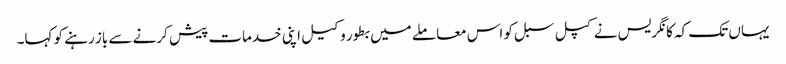
یہاں تک کہ کانگریس نے کپل سبل کو اس معاملے میں بطور وکیل اپنی خدمات پیش کرنے سے باز رہنے کو کہا۔